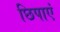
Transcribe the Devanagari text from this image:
छिपाएं